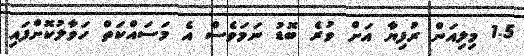
1.5 މިލިއަން ރުފިޔާ އަށް ވުރެ ބޮޑު ނަމަވެސް އެ މަސައްކަތް ހަވާލުކޮށްފައި